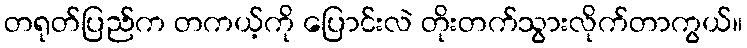
တရုတ်ပြည်က တကယ့်ကို ပြောင်းလဲ တိုးတက်သွားလိုက်တာကွယ်။